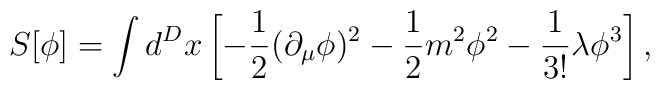
S[\phi]=\int d^Dx \left[-{1\over2}(\partial _\mu\phi)^2-{1\over2}m^2\phi^2-{1\over 3!}\lambda \phi^3 \right],